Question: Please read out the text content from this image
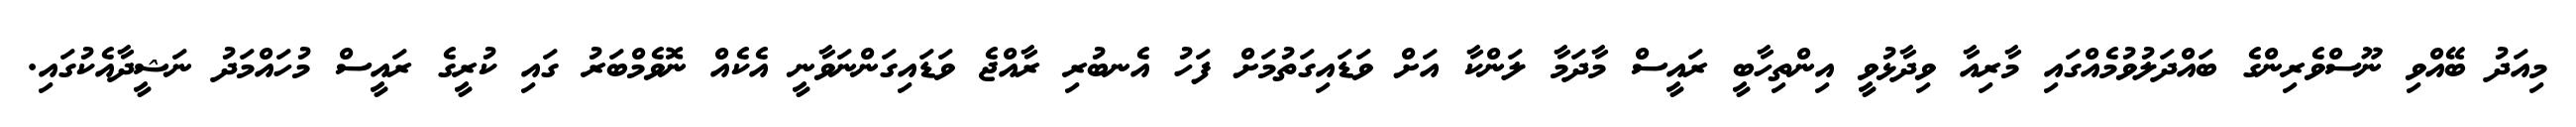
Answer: މިއަދު ބޭއްވި ނޫސްވެރިންގެ ބައްދަލުވުމެއްގައި މާރިއާ ވިދާޅުވީ އިންތިހާބީ ރައީސް މާދަމާ ލަންކާ އަށް ވަޑައިގަތުމަށް ފަހު އެނބުރި ރާއްޖެ ވަޑައިގަންނަވާނީ އެކެއް ނޮވެމްބަރު ގައި ކުރީގެ ރައީސް މުހައްމަދު ނަޝީދާއެކުގައި.